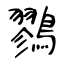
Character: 鷚